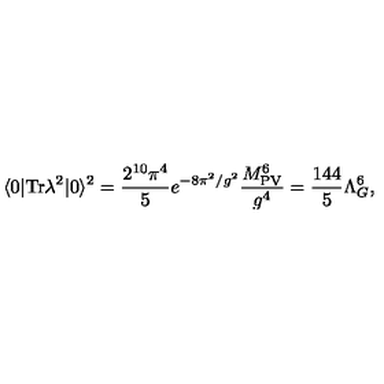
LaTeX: \langle 0 | \mathrm { T r } \lambda ^ { 2 } | 0 \rangle ^ { 2 } = \frac { 2 ^ { 1 0 } \pi ^ { 4 } } { 5 } e ^ { - 8 \pi ^ { 2 } / g ^ { 2 } } \frac { M _ { \mathrm { P V } } ^ { 6 } } { g ^ { 4 } } = \frac { 1 4 4 } { 5 } \Lambda _ { G } ^ { 6 } ,